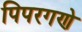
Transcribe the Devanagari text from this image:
पिपरगणे